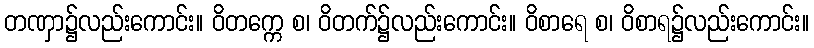
တဏှာ၌လည်းကောင်း။ ဝိတက္ကေ စ၊ ဝိတက်၌လည်းကောင်း။ ဝိစာရေ စ၊ ဝိစာရ၌လည်းကောင်း။